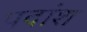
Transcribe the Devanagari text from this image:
पदांश